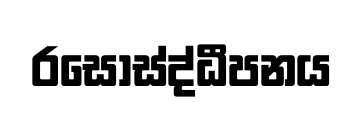
රසෝස්ද්ධීපනය